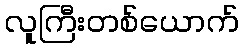
လူကြီးတစ်ယောက်